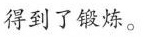
得到了锻炼。